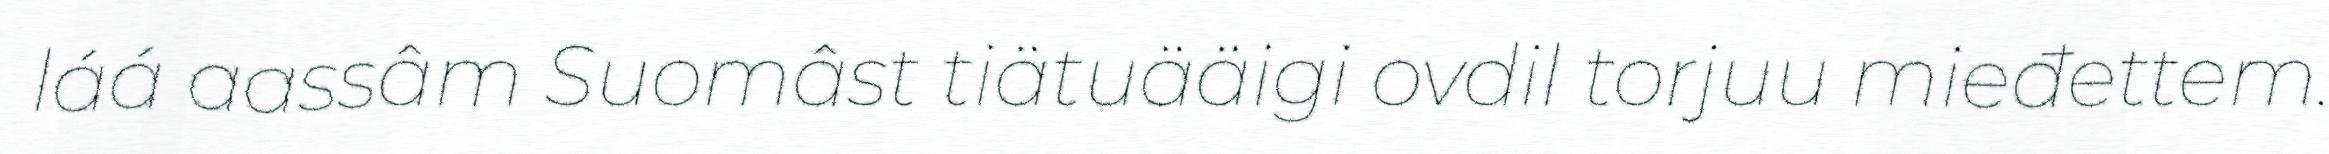
láá aassâm Suomâst tiätuääigi ovdil torjuu mieđettem.